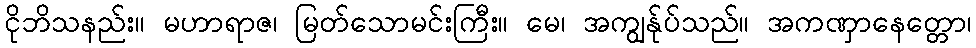
ငိုဘိသနည်း။ မဟာရာဇ၊ မြတ်သောမင်းကြီး။ မေ၊ အကျွန်ုပ်သည်။ အကဏှာနေတ္တော၊